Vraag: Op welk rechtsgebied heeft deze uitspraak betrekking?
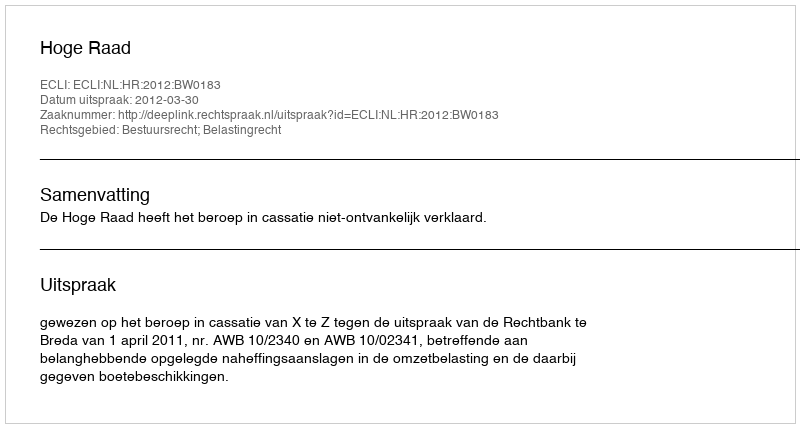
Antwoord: Bestuursrecht; Belastingrecht